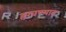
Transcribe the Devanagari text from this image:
हरवण्यात